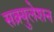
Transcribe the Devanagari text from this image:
सक्र्युलेशन